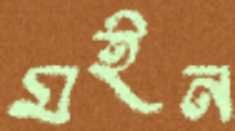
মইন